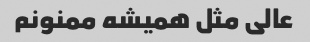
عالی مثل همیشه ممنونم